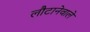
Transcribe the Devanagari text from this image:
लौटानेवाले